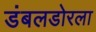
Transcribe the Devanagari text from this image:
डंबलडोरला